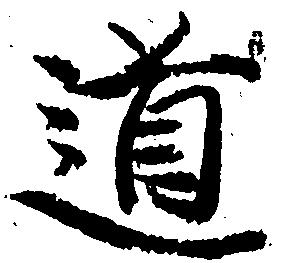
道